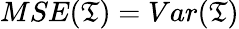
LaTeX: MSE(\mathfrak{T})=Var(\mathfrak{T})